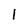
Character: 1